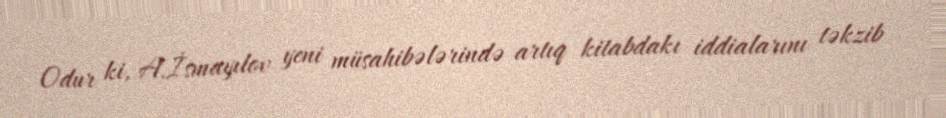
Odur ki, A.İsmayılov yeni müsahibələrində artıq kitabdakı iddialarını təkzib